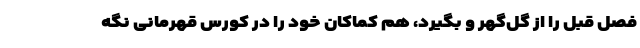
فصل قبل را از گل‌گهر و بگیرد، هم کماکان خود را در کورس قهرمانی نگه